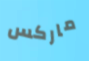
ماركس